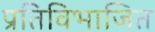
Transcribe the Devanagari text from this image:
प्रतिविभाजित